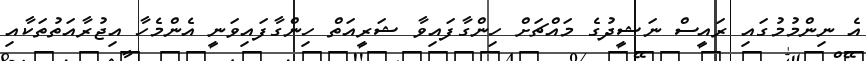
އެ ނިންމުމުގައި ރައީސް ނަޝީދުގެ މައްޗަށް ހިންގާފައިވާ ޝަރީއަތް ހިންގާފައިވަނީ އެންމެހާ އިޖުރާއަތުތަކާއި